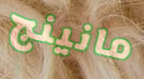
مانينج